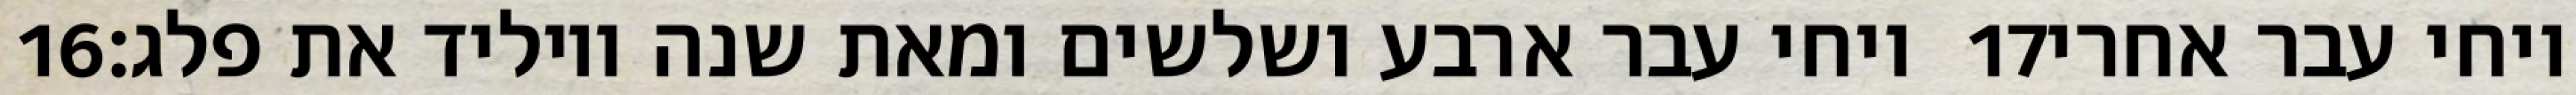
‎16‏ ויחי עבר ארבע ושלשים ומאת שנה ויוליד את פלג׃ ‎17‏ ויחי עבר אחרי